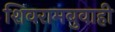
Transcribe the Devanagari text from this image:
शिवरामबुवाही